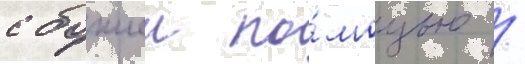
с божиеи по́мощью /